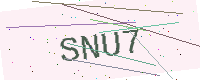
Text: SNU7